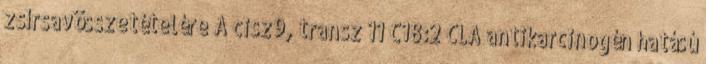
zsírsavösszetételére A cisz9, transz 11 C18:2 CLA antikarcinogén hatású